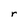
Character: r